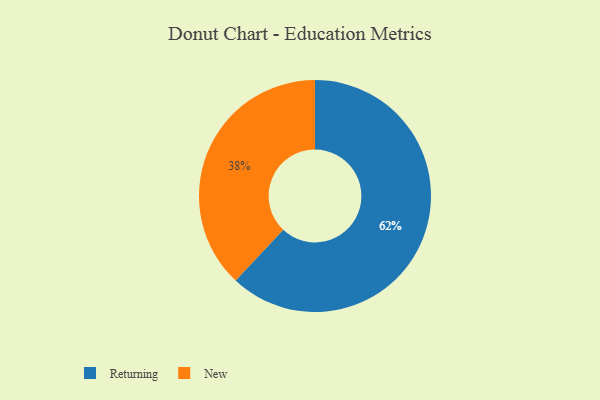
{"axis": {"x": "Category", "y": "Percentage"}, "legend": ["New", "Returning"], "data": [{"x": "New", "y": 38, "type": "New"}, {"x": "Returning", "y": 62, "type": "Returning"}]}